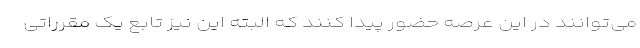
می‌توانند در این عرصه حضور پیدا کنند که البته این نیز تابع یک مقرراتی